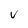
Character: V